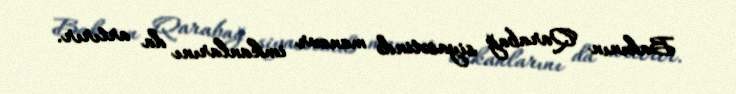
Bakının Qarabağ siyasətində manevr imkanlarını da artırır.